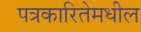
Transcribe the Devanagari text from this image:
पत्रकारितेमधील